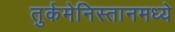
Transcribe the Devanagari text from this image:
तुर्कमेनिस्तानमध्ये